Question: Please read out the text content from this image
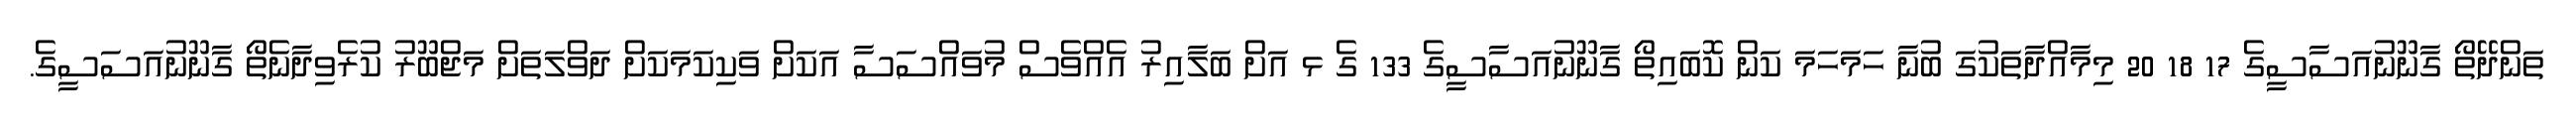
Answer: ތަންދޭތޯ ގާނޫނުއަސާސީގެ 17 18 20 މިމާއްދާތަކުގަ ބުނާ ހަމަހަމަ ކަން ކޮބައިތޯ ގާނޫނުއަސާސީގެ 133 ގެ ޅ އަށް ބަލާއިރު އެއްވެސް މުވައްސަސާ އަކަށް ވަކިކަމަކަށް ދަވްލަތަށް މަޖްބޫރު ކުރެވިދާނެތޯ ގާނޫނުއަސަސީގެ.